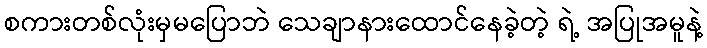
စကားတစ်လုံးမှမပြောဘဲ သေချာနားထောင်နေခဲ့တဲ့ ရဲ့ အပြုအမူနဲ့